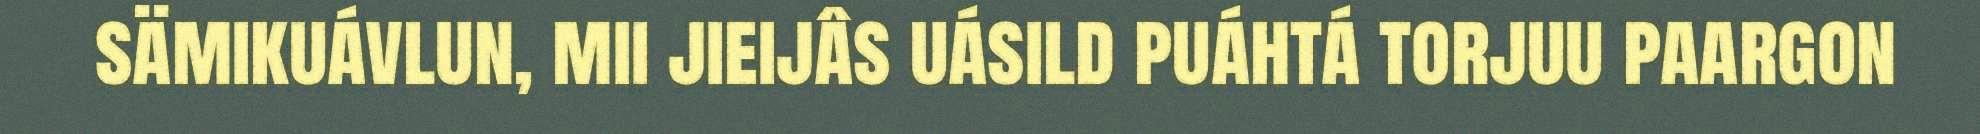
sämikuávlun, mii jieijâs uásild puáhtá torjuu paargon